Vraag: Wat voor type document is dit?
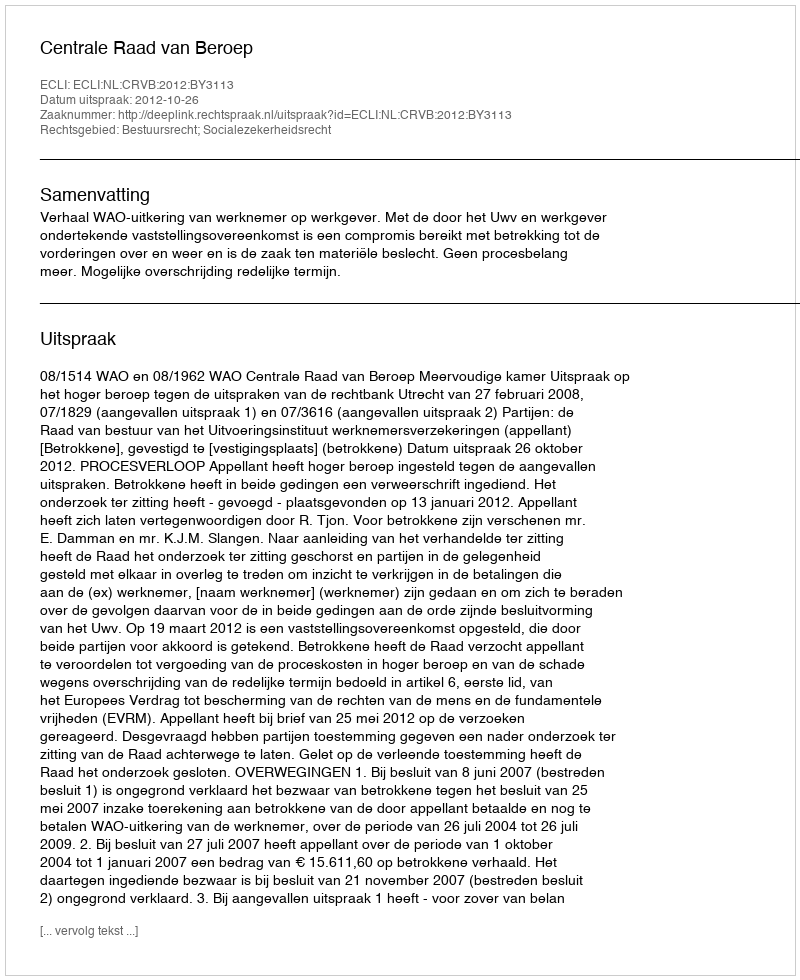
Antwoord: Uitspraak